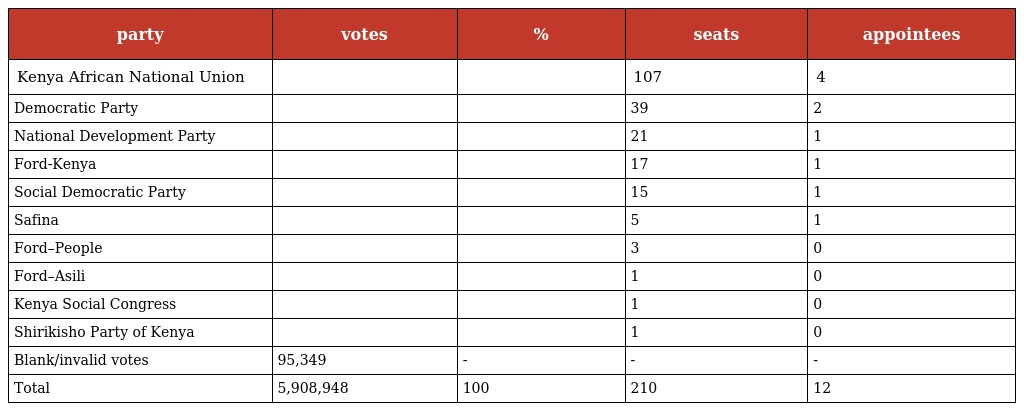
| party | votes | % | seats | appointees |
 | --- | --- | --- | --- | --- |
 | Kenya African National Union |  |  | 107 | 4 |
 | Democratic Party |  |  | 39 | 2 |
 | National Development Party |  |  | 21 | 1 |
 | Ford-Kenya |  |  | 17 | 1 |
 | Social Democratic Party |  |  | 15 | 1 |
 | Safina |  |  | 5 | 1 |
 | Ford–People |  |  | 3 | 0 |
 | Ford–Asili |  |  | 1 | 0 |
 | Kenya Social Congress |  |  | 1 | 0 |
 | Shirikisho Party of Kenya |  |  | 1 | 0 |
 | Blank/invalid votes | 95,349 | - | - | - |
 | Total | 5,908,948 | 100 | 210 | 12 |